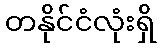
တနိုင်ငံလုံးရှိ